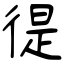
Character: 徥